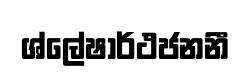
ශ්ලේෂාර්ථජනනී